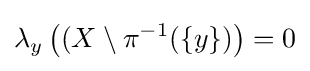
\lambda _{y}\left((X\setminus \pi ^{-1}(\{y\})\right)=0